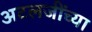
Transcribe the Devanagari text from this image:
अटलजींच्या